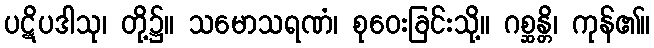
ပဋိပဒါသု၊ တို့၌။ သမောသရဏံ၊ စုဝေးခြင်းသို့။ ဂစ္ဆန္တိ၊ ကုန်၏။